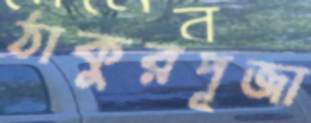
ঠাকুরপূজা